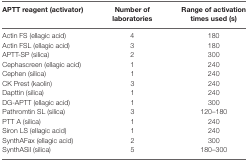
<table><thead><tr><td><b>APTT reagent (activator)</b></td><td><b>Number of laboratories</b></td><td><b>Range of activation times used (s)</b></td></tr></thead><tbody><tr><td>Actin FS (ellagic acid)</td><td>4</td><td>180</td></tr><tr><td>Actin FSL (ellagic acid)</td><td>3</td><td>180</td></tr><tr><td>APTT-SP (silica)</td><td>2</td><td>300</td></tr><tr><td>Cephascreen (ellagic acid)</td><td>1</td><td>240</td></tr><tr><td>Cephen (silica)</td><td>1</td><td>240</td></tr><tr><td>CK Prest (kaolin)</td><td>3</td><td>240</td></tr><tr><td>Dapttin (silica)</td><td>1</td><td>240</td></tr><tr><td>DG-APTT (ellagic acid)</td><td>1</td><td>300</td></tr><tr><td>Pathromtin SL (silica)</td><td>3</td><td>120–180</td></tr><tr><td>PTT A (silica)</td><td>1</td><td>240</td></tr><tr><td>Siron LS (ellagic acid)</td><td>1</td><td>240</td></tr><tr><td>SynthAFax (ellagic acid)</td><td>2</td><td>300</td></tr><tr><td>SynthASil (silica)</td><td>5</td><td>180–300</td></tr></tbody></table>